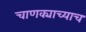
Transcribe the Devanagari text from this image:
चाणक्याच्याच